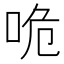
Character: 𠱓